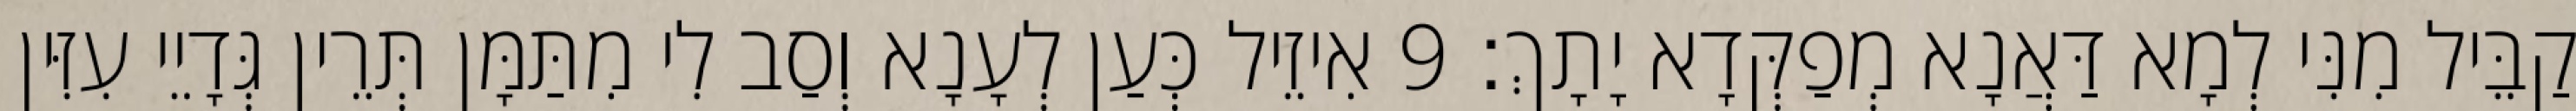
קַבֵּיל מִנִּי לְמָא דַּאֲנָא מְפַקְּדָא יָתָךְ׃ 9 אִיזֵיל כְּעַן לְעָנָא וְסַב לִי מִתַּמָּן תְּרֵין גְּדָיֵי עִזִּין